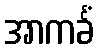
အာကင်္ခံ